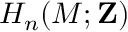
H _ { n } ( M ; \mathbf { Z } )